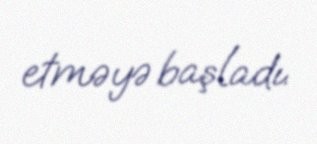
etməyə başladı.